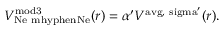
V _ { \mathrm { N e \ m h y p h e n N e } } ^ { \mathrm { m o d 3 } } ( r ) = \alpha ^ { \prime } V ^ { \mathrm { a v g , \ s i g m a ^ { \prime } } } ( r ) .